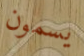
يسمون